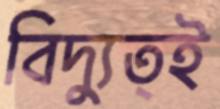
বিদ্যুত্ই